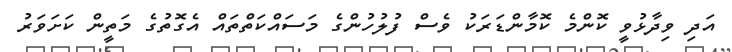
އަދި ވިދާޅުވީ ކޮންމެ ކޮމާންޑަރަކު ވެސް ފުލުހުންގެ މަސައްކަތްތައް އެގޮތުގެ މަތީން ކަށަވަރު